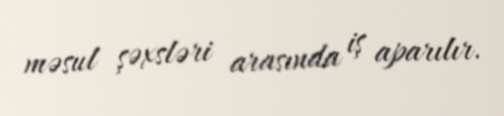
məsul şəxsləri arasında iş aparılır.